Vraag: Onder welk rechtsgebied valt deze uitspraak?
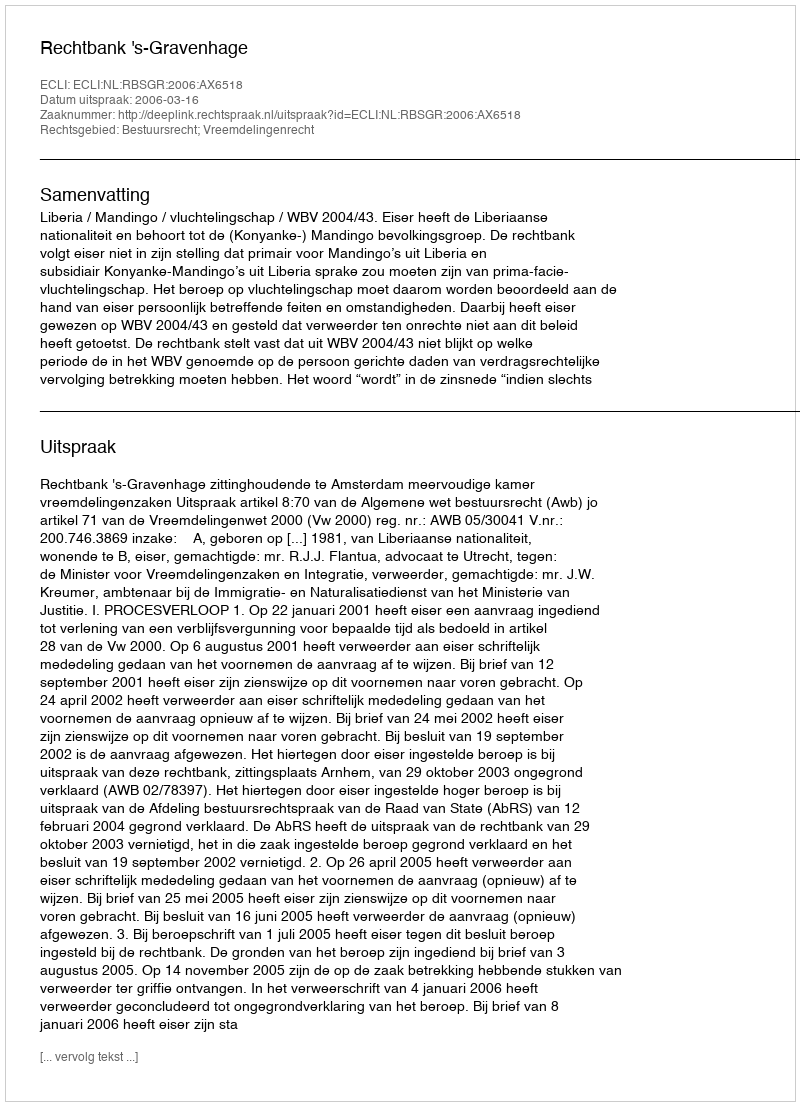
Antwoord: Bestuursrecht; Vreemdelingenrecht